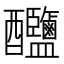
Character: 𨤎